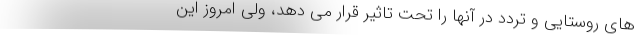
های روستایی و تردد در آنها را تحت تاثیر قرار می دهد، ولی امروز این